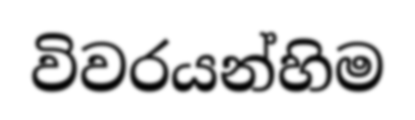
විවරයන්හිම